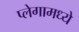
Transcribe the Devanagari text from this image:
प्लेगामध्ये